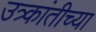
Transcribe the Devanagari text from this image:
उत्र्कांतीच्या